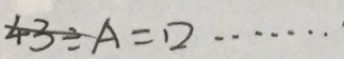
4 3 \div A = \square \cdots